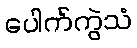
ပေါက်ကွဲသံ